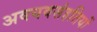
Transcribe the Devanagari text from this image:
अवयवसंहतियों